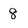
Character: 8